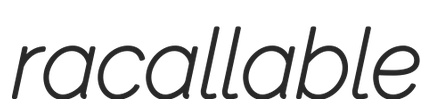
racallable